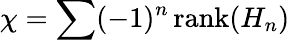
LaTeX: \chi=\sum(-1)^{n}\, \mathrm{rank}(H_{n})